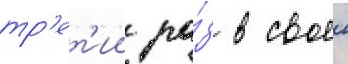
тр'ет'ии ра́з в своеи